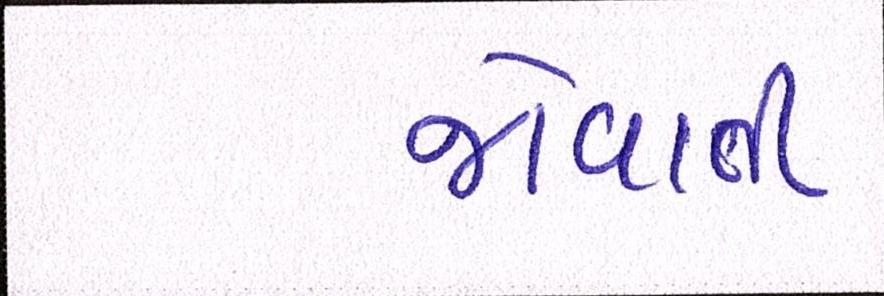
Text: જોવાતી